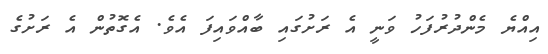
އިއްޔެ މެންދުރުފަހު ވަނީ އެ ރަށުގައި ބާއްވައިފަ އެވެ. އެގޮތުން އެ ރަށުގެ